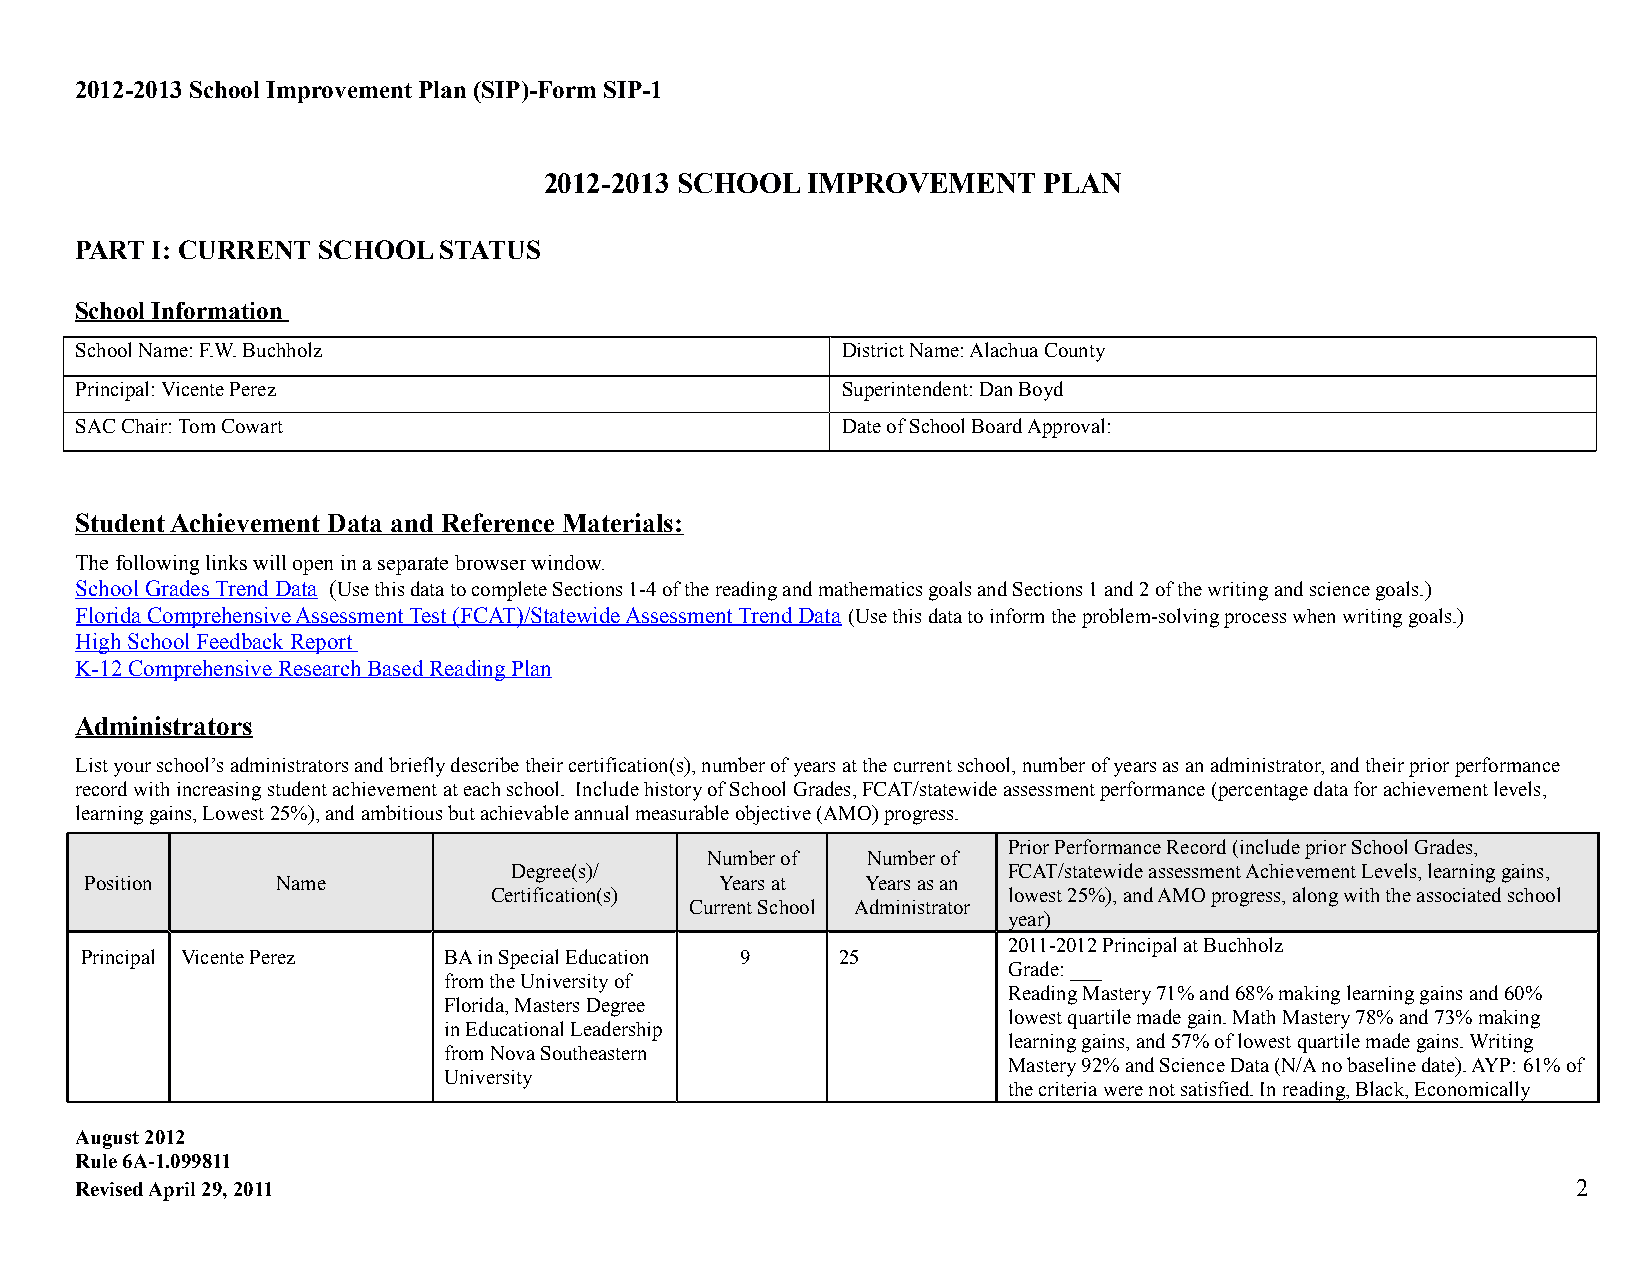
2012-2013 School Improvement Plan (SIP)-Form SIP-1
 2012-2013 SCHOOL IMPROVEMENT     PLAN
 PART I: CURRENT SCHOOL  STATUS
 School Information
 School Name: F.W. Buchholz                         District Name: Alachua County
 Principal: Vicente Perez                           Superintendent: Dan Boyd
 SAC Chair: Tom Cowart                              Date of School Board Approval:
 Student Achievement Data and Reference Materials:
 The following links will open in a separate browser window.
 School Grades Trend Data (Use this data to complete Sections 1-4 of the reading and mathematics goals and Sections 1 and 2 of the writing and science goals.)
 Florida Comprehensive Assessment Test (FCAT)/Statewide Assessment Trend Data (Use this data to inform the problem-solving process when writing goals.)
 High School Feedback Report
 K-12 Comprehensive Research Based Reading Plan
 Administrators
 List your school’s administrators and briefly describe their certification(s), number of years at the current school, number of years as an administrator, and their prior performance
 record with increasing student achievement at each school. Include history of School Grades, FCAT/statewide assessment performance (percentage data for achievement levels,
 learning gains, Lowest 25%), and ambitious but achievable annual measurable objective (AMO) progress.
 Prior Performance Record (include prior School Grades,
 Number of Number of
 Degree(s)/                       FCAT/statewide assessment Achievement Levels, learning gains,
 Position    Name                          Years at Years as an
 Certification(s)                   lowest 25%), and AMO progress, along with the associated school
 Current School Administrator
 year)
 2011-2012 Principal at Buchholz
 Principal Vicente Perez BA in Special Education 9 25
 Grade: ___
 from the University of
 Reading Mastery 71% and 68% making learning gains and 60%
 Florida, Masters Degree
 lowest quartile made gain. Math Mastery 78% and 73% making
 in Educational Leadership
 learning gains, and 57% of lowest quartile made gains. Writing
 from Nova Southeastern
 Mastery 92% and Science Data (N/A no baseline date). AYP: 61% of
 University
 the criteria were not satisfied. In reading, Black, Economically
 August 2012
 Rule 6A-1.099811
 Revised April 29, 2011                                                                             2